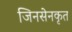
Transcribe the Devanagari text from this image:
जिनसेनकृत